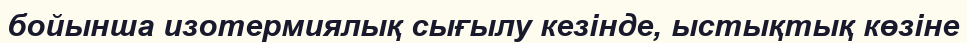
бойынша изотермиялық сығылу кезінде, ыстықтық көзіне